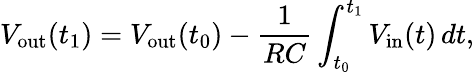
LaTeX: V_{\mathrm{out}}(t_{1})=V_{\mathrm{out}}(t_{0})-{\frac{1}{RC}}\int_{t_{0}}^{t_{1}}V_{\mathrm{in}}(t)\, dt,